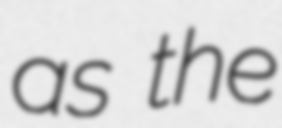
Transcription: as the